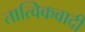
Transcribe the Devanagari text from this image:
तात्विकवादी